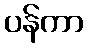
ပန်ကာ